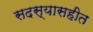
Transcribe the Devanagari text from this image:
सदस्यासहीत